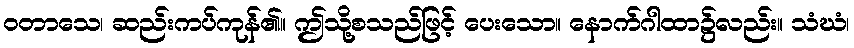
ဝတာသေ၊ ဆည်းကပ်ကုန်၏။ ဤသို့စသည်ဖြင့် ပေးသော။ နောက်ဂါထာ၌လည်း။ သံဃံ၊